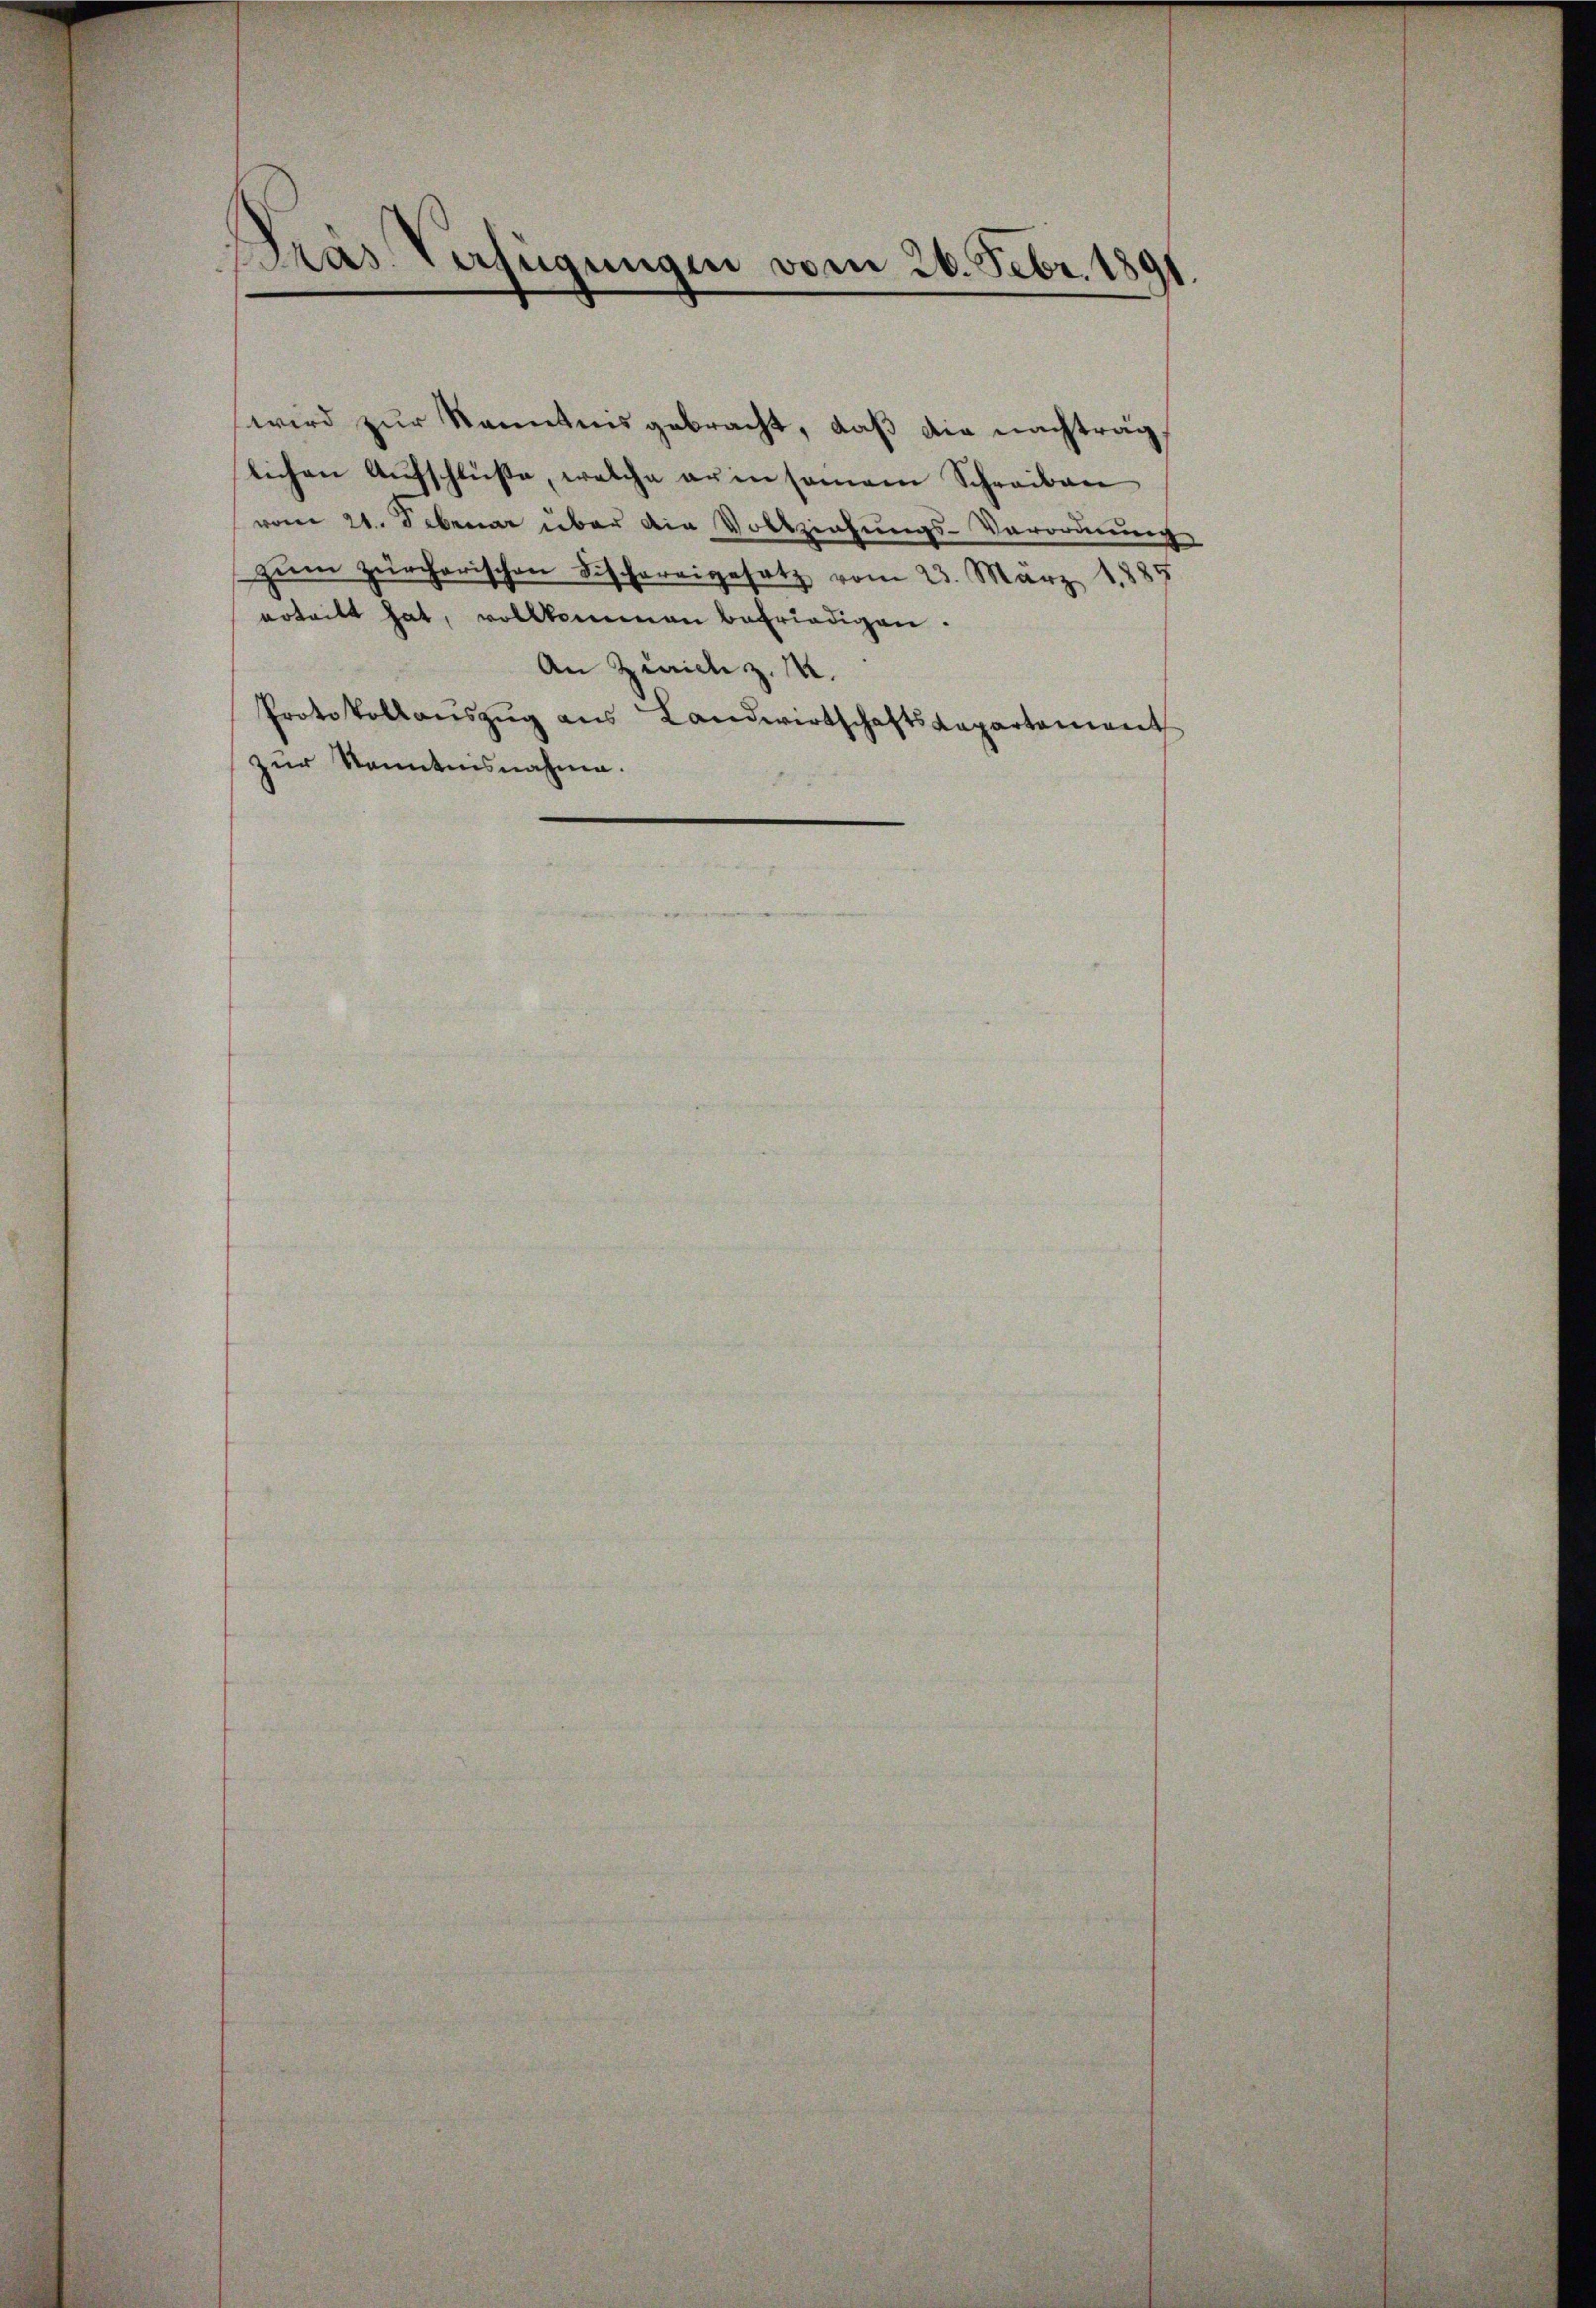
wird zur Kenntnis gebracht, daß die nachtrag
lichen Aŭfschlüße, welche er in samen Schreiben
vom 21. Februar über die Vollziehungs-Verordnung
zŭm zürcherischen Fischereigesetz vom 23. März 1881
erteilt hat, vollkommen befriedigen.
An Zürich z. 14.
Protokollauszug aus Landwirtschaftskapartement
zur Kenntnisnahme.

Pras Verfügungen vom 26. Febr. 1891